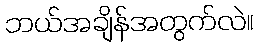
ဘယ်အချိန်အတွက်လဲ။